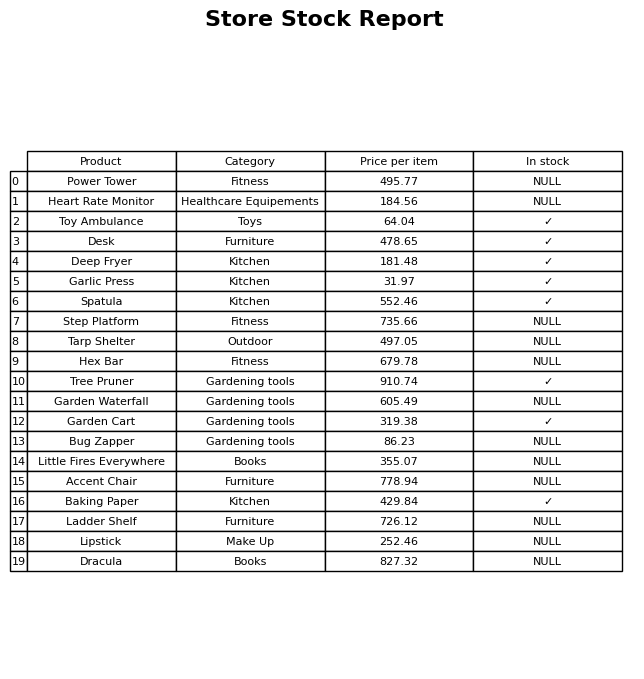
question: Which products are currently out of stock?
answer: Power Tower, Heart Rate Monitor, Step Platform, Tarp Shelter, Hex Bar, Garden Waterfall, Bug Zapper, Little Fires Everywhere, Accent Chair, Ladder Shelf, Lipstick, Dracula